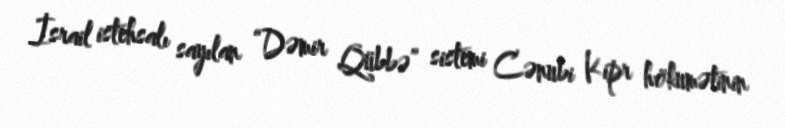
İsrail istehsalı sayılan “Dəmir Qübbə” sistemi Cənubi Kipr hökumətinin